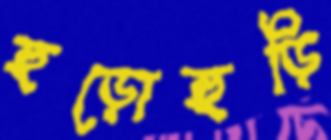
হুড়োহুড়ি